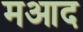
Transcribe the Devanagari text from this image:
मआद